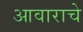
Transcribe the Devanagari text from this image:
आवाराचे